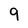
Character: 9